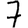
Digit: 7